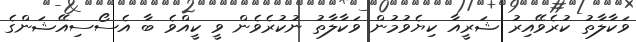
ވަކާލާތު ކުރެވޭއިރު ޝަރީއާ ކިޔެވުމުން ވަކާލާތު ނުކުރެވެން ވީ ކީއްވެ ބާ އެސޯސިއޭޝަންގެ